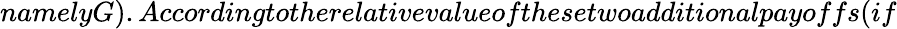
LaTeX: namelyG).Accordingtotherelativevalueofthesetwoadditionalpayoffs(if